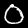
Digit: 0